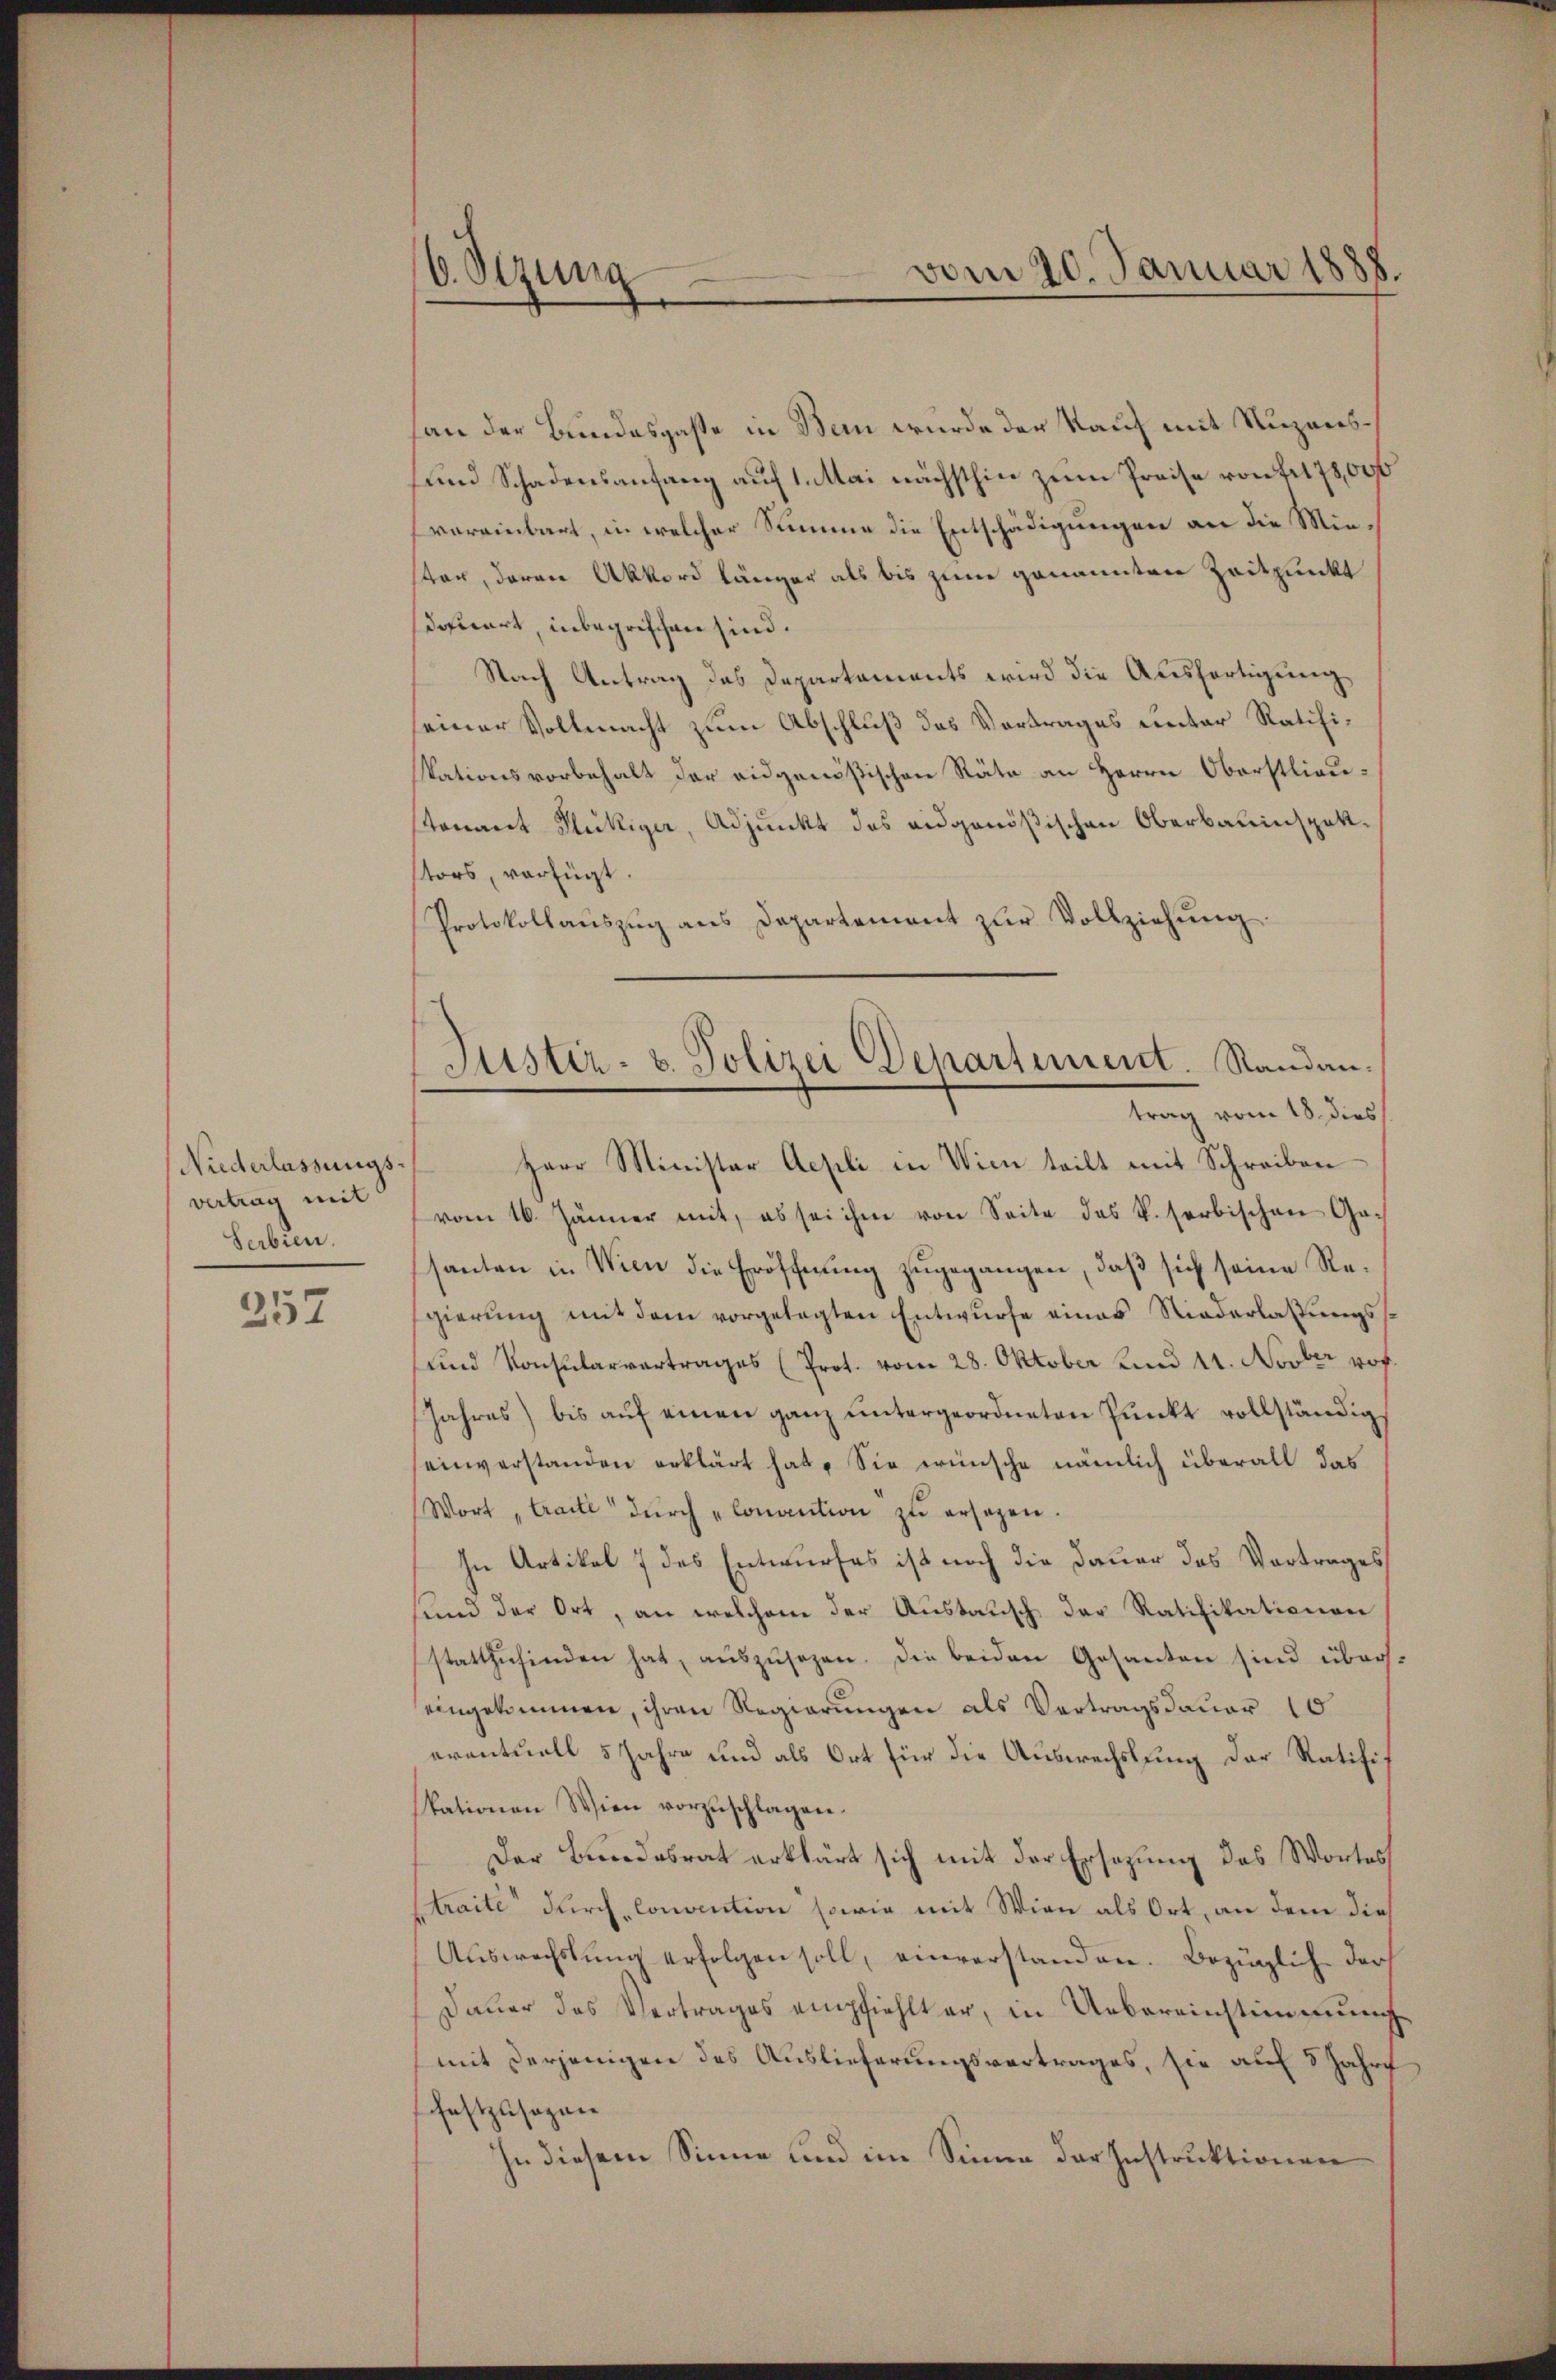
Niederlassungs-
vertrag mit
Serbien.

257

6. Sizung

Justiz- u. Polizei Departement. Randantrag vom 18. dies
Herr Minister Aepli in Wien teilt mit Schreiben

san der Bundesgasse in Bern wurde der Kauf mit Nuzens¬
und Schadensanfang auf 1. Mai nächsthin zum Preise von Fr. 78,000
vereinbart, in welcher Summe die Entschädigungen an die Minster, daran Akkord länger als bis zum genannten Zeitpunkt
docirt, inbegriffen sind.
Nach Antrag des Departaments wird die Ausfertigung,
seiner Vollmacht zum Abschluß des Vortrages unter Ratifikationsvorbehalt der eidgenößischen Räte an Herrn Oberstlieustonant Flückiger, Adjunkt des eidgenößischen Oberbauinspettstors, verfügt.
Protokollaŭszŭg ans Departement zŭr Vollziehŭng.
vom 16. Jänner mit, es sei ihm von Seite des k. herbischen Ga-
santen in Wien die Eröffnung zugegangen, daß sich seine Regierung mit dem vorgelegten Entwurfe eines Niederlassungss¬
und Konsularvertrages (Prot. vom 28. Oktober und 14. Novber rof.
Jahres) bis aŭf einen ganz untergeordneten Punkt vollständig
einverstanden erklärt hat. Sie wünsche nämlich überall das
Wort traite durch „Convention zu ersagen.
In Artikel 7 des Entwurfes ist noch die Dauer des Vortrages
sund der Ort, an welchem der Austausch der Ratifikationen
stattzŭfinden hat, aŭszŭsezen. Die beiden Gesanten sind überseingekommen, ihren Regierungen als Vertragsdauer 10
eventuell 5 Jahre und als Ort für die Auswechslung der Ratifiz
kationen Wien vorzuschlagen.
Der Bundesrat erklärt sich mit der Ersezung das Wortes
Straite durch Convention sowie mit Wien als Ort, an dem die
Aŭswechstŭng erfolgen soll, einverstanden. Bezüglich darf
Dauer das Vertrages empfiehlt er, in Uebereinstimmung
mit derjenigen des Auslieferungsvertrages, sie auf 3 Jahre
festzusagen
In diesem Sinne und im Sinne der Instruktionen

vom 20. Januar 1888.